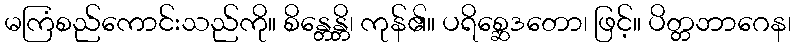
မကြံစည်ကောင်းသည်ကို။ စိန္တေန္တိ၊ ကုန်၏။ ပရိစ္ဆေဒတော၊ ဖြင့်။ ပိတ္တဘာဂေန၊